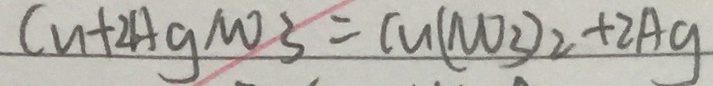
C u + 2 A g N O _ { 3 } = C u ( N O _ { 3 } ) _ { 2 } + 2 A g